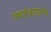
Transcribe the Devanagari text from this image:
पंचतंत्रातल्या